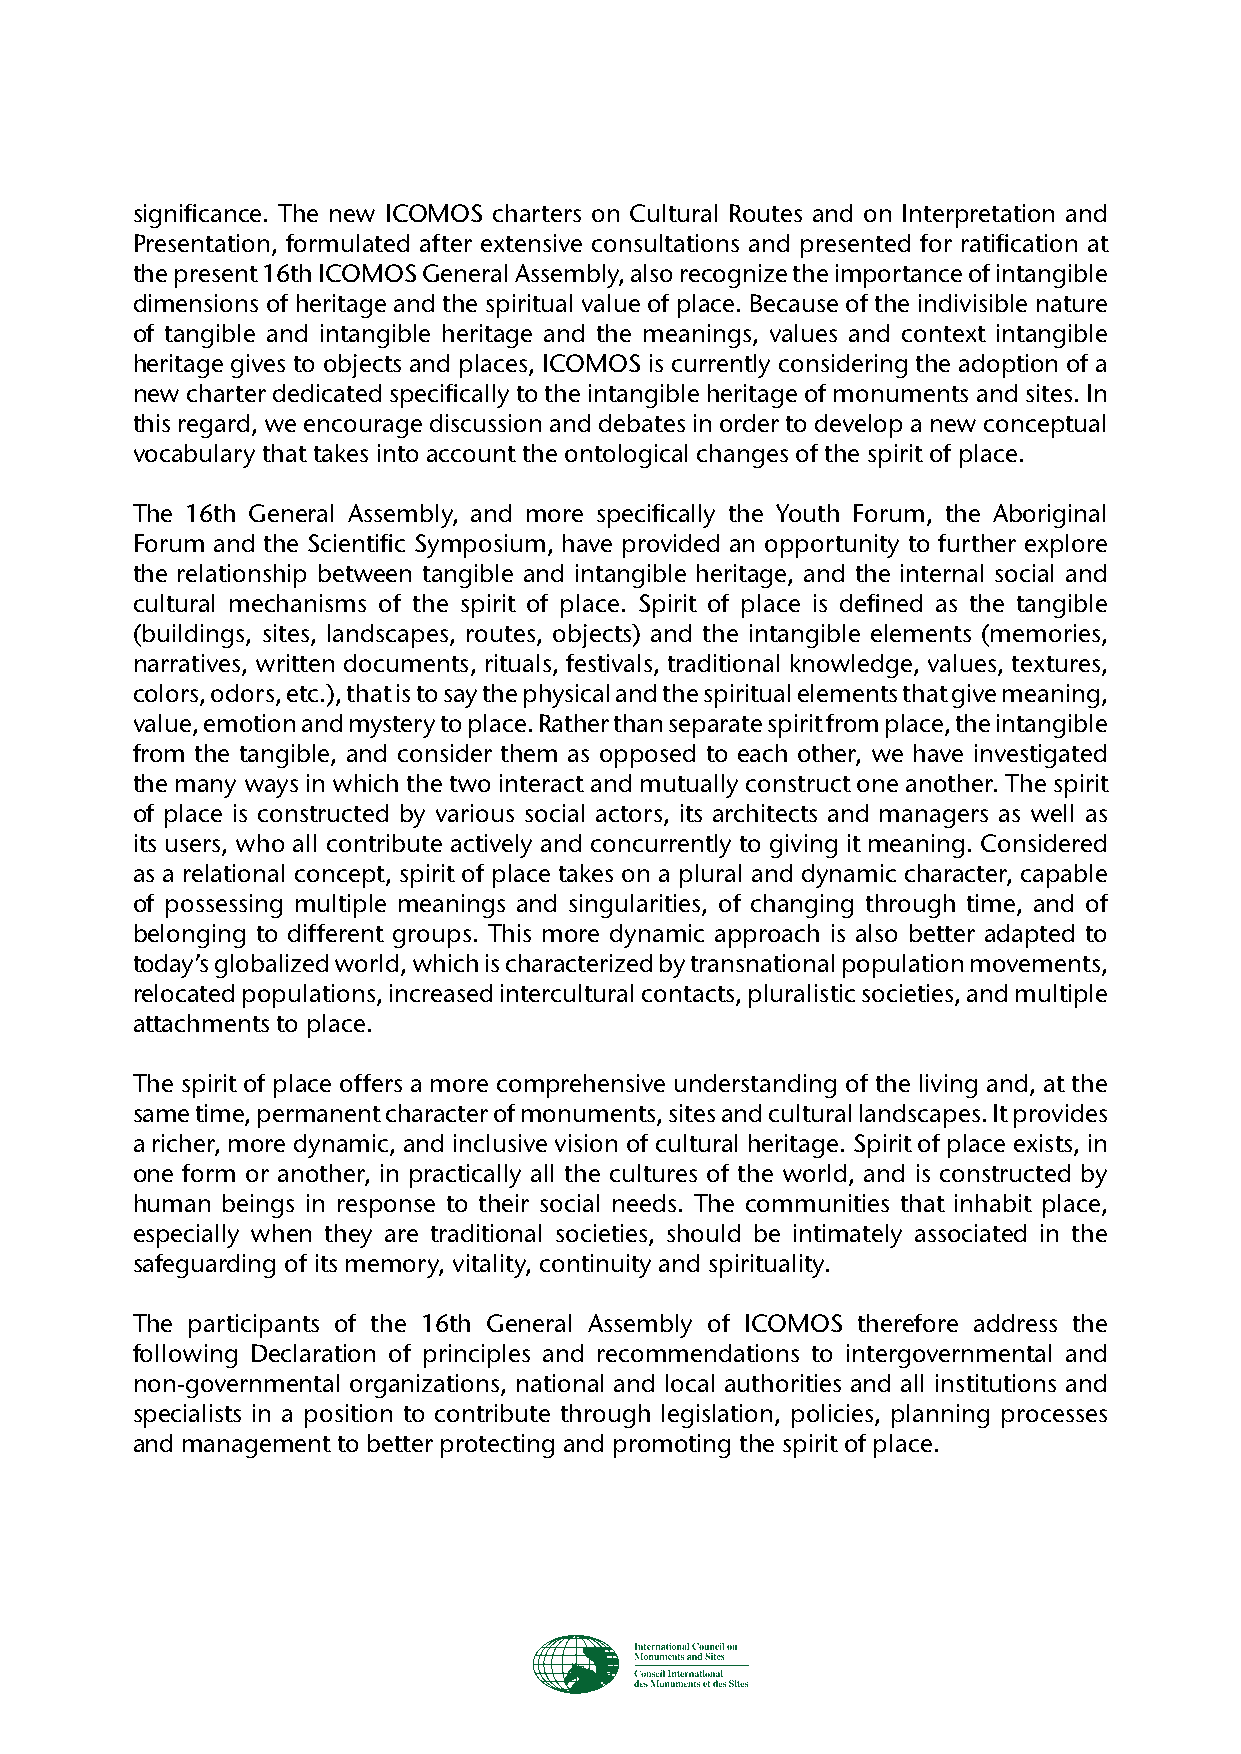
significance. The new ICOMOS charters on Cultural Routes and on Interpretation and
 Presentation, formulated after extensive consultations and presented for ratification at
 the present 16th ICOMOS General Assembly, also recognize the importance of intangible
 dimensions of heritage and the spiritual value of place. Because of the indivisible nature
 of tangible and intangible heritage and the meanings, values and context intangible
 heritage gives to objects and places, ICOMOS is currently considering the adoption of a
 new charter dedicated specifically to the intangible heritage of monuments and sites. In
 this regard, we encourage discussion and debates in order to develop a new conceptual
 vocabulary that takes into account the ontological changes of the spirit of place.
 The 16th General Assembly, and more specifically the Youth Forum, the Aboriginal
 Forum and the Scientific Symposium, have provided an opportunity to further explore
 the relationship between tangible and intangible heritage, and the internal social and
 cultural mechanisms of the spirit of place. Spirit of place is defined as the tangible
 (buildings, sites, landscapes, routes, objects) and the intangible elements (memories,
 narratives, written documents, rituals, festivals, traditional knowledge, values, textures,
 colors, odors, etc.), that is to say the physical and the spiritual elements that give meaning,
 value, emotion and mystery to place. Rather than separate spirit from place, the intangible
 from the tangible, and consider them as opposed to each other, we have investigated
 the many ways in which the two interact and mutually construct one another. The spirit
 of place is constructed by various social actors, its architects and managers as well as
 its users, who all contribute actively and concurrently to giving it meaning. Considered
 as a relational concept, spirit of place takes on a plural and dynamic character, capable
 of possessing multiple meanings and singularities, of changing through time, and of
 belonging to different groups. This more dynamic approach is also better adapted to
 today’s globalized world, which is characterized by transnational population movements,
 relocated populations, increased intercultural contacts, pluralistic societies, and multiple
 attachments to place.
 The spirit of place offers a more comprehensive understanding of the living and, at the
 same time, permanent character of monuments, sites and cultural landscapes. It provides
 a richer, more dynamic, and inclusive vision of cultural heritage. Spirit of place exists, in
 one form or another, in practically all the cultures of the world, and is constructed by
 human beings in response to their social needs. The communities that inhabit place,
 especially when they are traditional societies, should be intimately associated in the
 safeguarding of its memory, vitality, continuity and spirituality.
 The participants of the 16th General Assembly of ICOMOS therefore address the
 following Declaration of principles and recommendations to intergovernmental and
 non-governmental organizations, national and local authorities and all institutions and
 specialists in a position to contribute through legislation, policies, planning processes
 and management to better protecting and promoting the spirit of place.